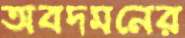
অবদমনের